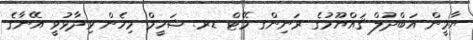
ޔާމީން އަބްދުލް ޤައްޔޫމުގެ ރަނިންގ މޭޓް ޑރ. ޝަހީމް މިހެން ވިދާޅުވީ އޭނާގެ